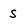
Character: S